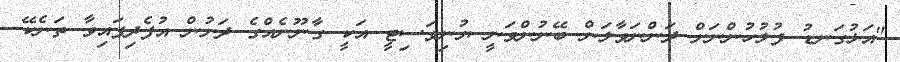
"އަޅުގަނޑު ފުލުހުންނަށް ދަންނަވާލަން ބޭނުންވަނީ ޔުނިވަސިޓީ އަކީ ގާނޫނެއްގެ ދަށުން އުފެދިފައިވާ ތަނެކޭ.